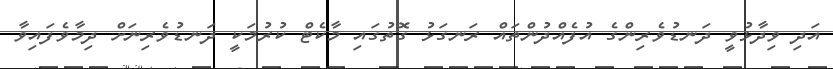
އަދި ވިދާޅުވީ ދަނޑުވެރިންގެ އުފެއްދުންތައް ރަނގަޅު ގޮތުގައި މާކެޓް ކުރުމަކީ ދަނޑުވެރިނަށް ދިމާވެފައިވާ